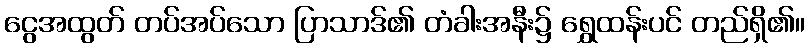
ငွေအထွတ် တပ်အပ်သော ပြာသာဒ်၏ တံခါးအနီး၌ ရွှေထန်းပင် တည်ရှိ၏။